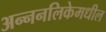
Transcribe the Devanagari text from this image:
अन्ननलिकेमधील